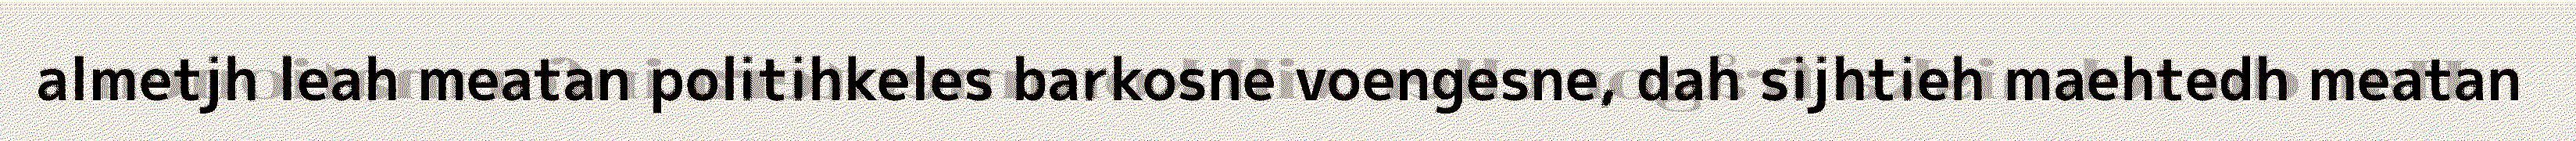
almetjh leah meatan politihkeles barkosne voengesne, dah sijhtieh maehtedh meatan